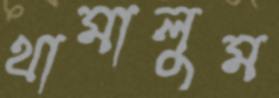
থামালুম